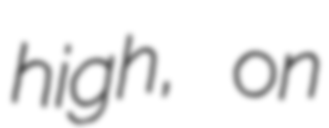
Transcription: high, on